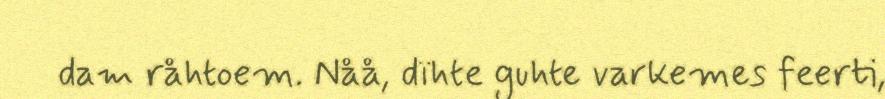
dam råhtoem. Nåå, dïhte guhte varkemes feerti,